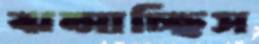
ঝল্‌সাচ্ছিস